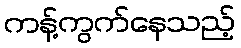
ကန့်ကွက်နေသည့်